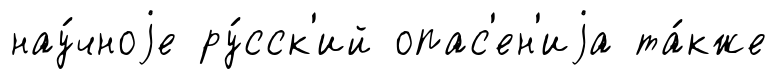
нау́чноjе ру́сск'ий опас'ен'иjа та́кже